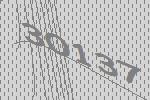
30137